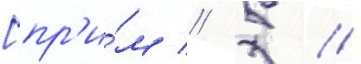
[пр'и́м // 5 //